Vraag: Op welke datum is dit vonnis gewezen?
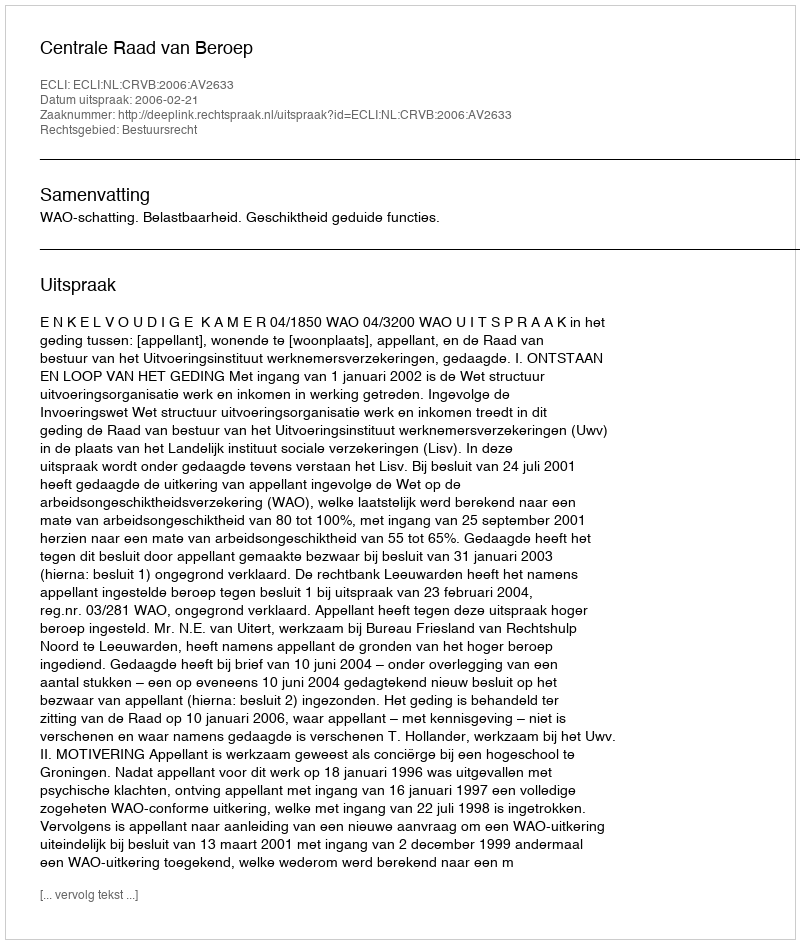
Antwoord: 2006-02-21